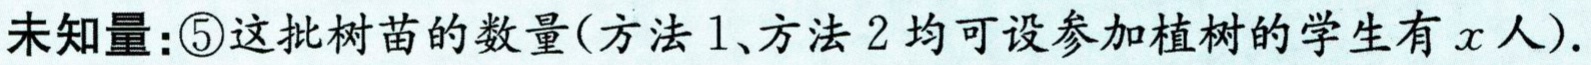
未知量：\textcircled{5}这批树苗的数量(方法1、方法2均可设参加植树的学生有\(x\)人).